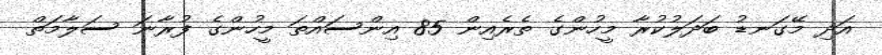
އަދި މޭގަނޑު ބަދަލުކުރާ މީހުންގެ ތެރެއިން 85 އިންސައްތަ މީހުންގެ ފުރާނަ ސަލާމަތް